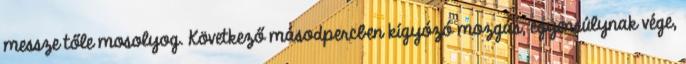
messze tőle mosolyog. Következő másodpercben kígyózó mozgás, egyensúlynak vége,